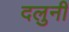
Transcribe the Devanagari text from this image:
दलुनी